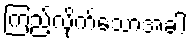
ကြည့်လိုက်သောအခါ